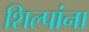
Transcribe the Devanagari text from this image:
शिल्पांना